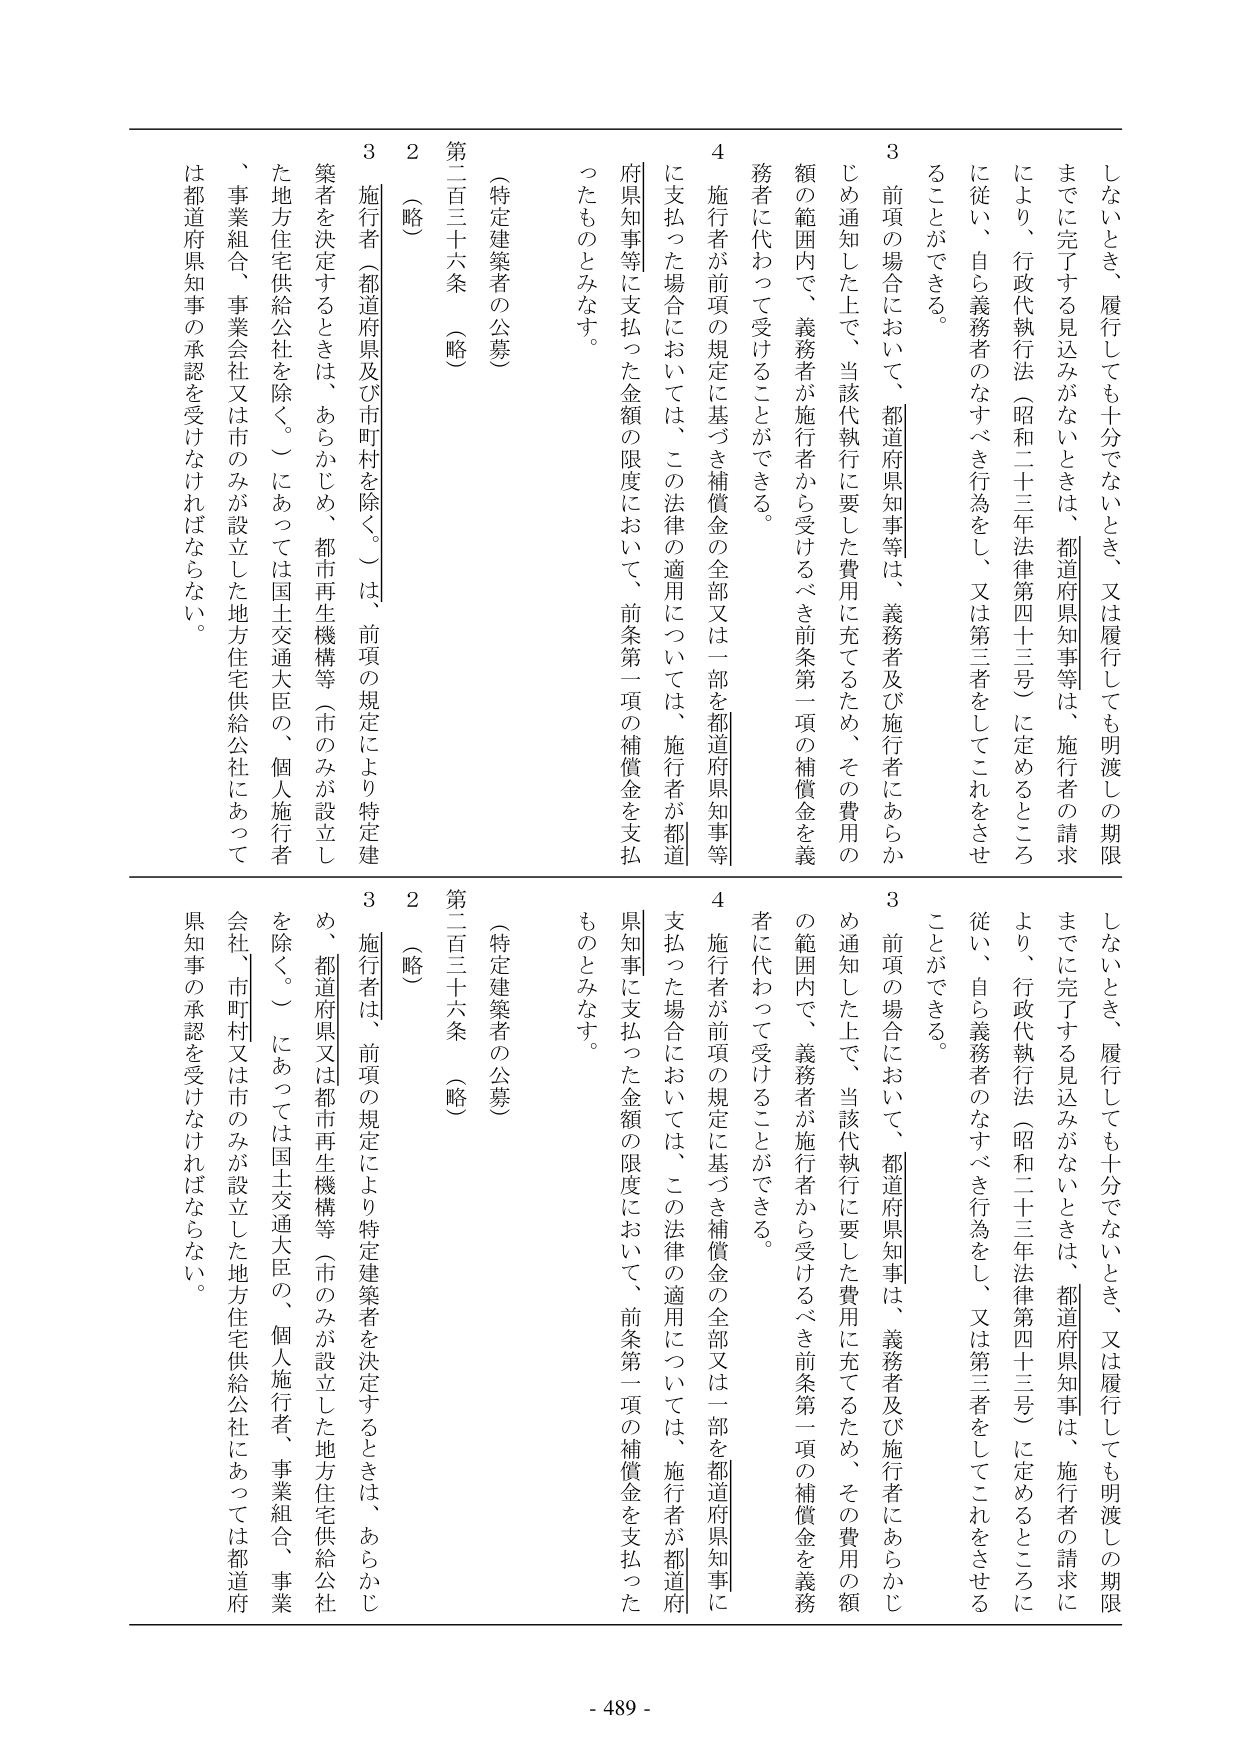
しないとき、履行しても十分でないとき、又は履行しても明渡しの期限
までに完了する見込みがないときは、都道府県知事等は、施行者の請求
により、行政代執行法（昭和二十三年法律第四十三号）に定めるところ
に従い、自ら義務者のなすべき行為をし、又は第三者をしてこれをさせ
ることができる。

3 前項の場合において、都道府県知事等は、義務者及び施行者にあらか
じめ通知した上で、当該代執行に要した費用に充てるため、その費用の
額の範囲内で、義務者が施行者から受けるべき前条第一項の補償金を義
務者に代わって受けることができる。

4 施行者が前項の規定に基づき補償金の全部又は一部を都道府県知事等
に支払った場合においては、この法律の適用については、施行者が都道
府県知事等に支払った金額の限度において、前条第一項の補償金を支払
ったものとみなす。

（特定建築者の公募）
第二百三十六条 （略）

2 （略）

3 施行者（都道府県及び市町村を除く。）は、前項の規定により特定建
築者を決定するときは、あらかじめ、都市再生機構等（市のみが設立し
た地方住宅供給公社を除く。）にあっては国土交通大臣の、個人施行者
、事業組合、事業会社又は市のみが設立した地方住宅供給公社にあって
は都道府県知事の承認を受けなければならない。

しないとき、履行しても十分でないとき、又は履行しても明渡しの期限
までに完了する見込みがないときは、都道府県知事は、施行者の請求に
より、行政代執行法（昭和二十三年法律第四十三号）に定めるところに
従い、自ら義務者のなすべき行為をし、又は第三者をしてこれをさせる
ことができる。

3 前項の場合において、都道府県知事は、義務者及び施行者にあらかじ
め通知した上で、当該代執行に要した費用に充てるため、その費用の額
の範囲内で、義務者が施行者から受けるべき前条第一項の補償金を義務
者に代わって受けることができる。

4 施行者が前項の規定に基づき補償金の全部又は一部を都道府県知事に
支払った場合においては、この法律の適用については、施行者が都道府
県知事に支払った金額の限度において、前条第一項の補償金を支払った
ものとみなす。

（特定建築者の公募）
第二百三十六条 （略）

2 （略）

3 施行者は、前項の規定により特定建築者を決定するときは、あらかじ
め、都道府県又は都市再生機構等（市のみが設立した地方住宅供給公社
を除く。）にあっては国土交通大臣の、個人施行者、事業組合、事業
会社、市町村又は市のみが設立した地方住宅供給公社にあっては都道府
県知事の承認を受けなければならない。

- 489 -